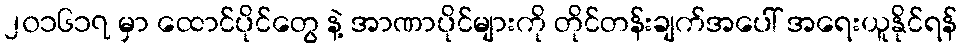
၂၀၁၆၁၇ မှာ ထောင်ပိုင်တွေ နဲ့ အာဏာပိုင်များကို တိုင်တန်းချက်အပေါ် အရေးယူနိုင်ရန်